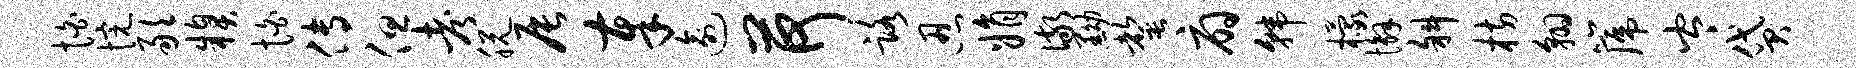
怕惋敢糗怕传但考脱辰奉逾荷路忍娟儆黝罄扇韩檬懈斜枋翱篪岑贷